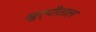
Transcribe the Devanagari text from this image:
खुर्पीताल